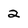
Character: 2